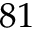
8 1